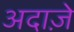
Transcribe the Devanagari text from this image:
अदाज़े